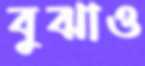
বুঝাও